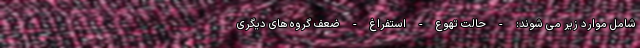
شامل موارد زیر می شوند: - حالت تهوع - استفراغ - ضعف گروه های دیگری